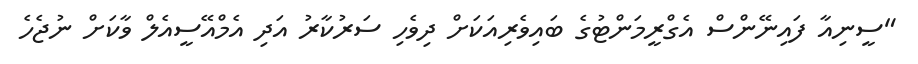
"ސީނިއާ ފައިނޭންސް އެގްރީމަންޓުގެ ބައިވެރިއަކަށް ދިވެހި ސަރުކާރު އަދި އެމްއޭސީއެލް ވާކަށް ނުޖެހެ